Epidemic dropsy in Calcutta - Number 49
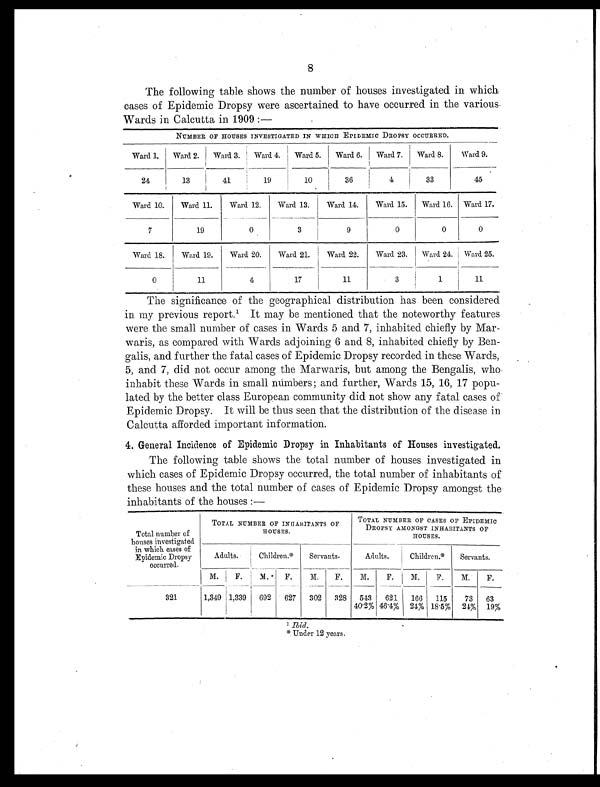
8
The following table shows the number of houses investigated in which
cases of Epidemic Dropsy were ascertained to have occurred in the various
Wards in Calcutta in 1909 :—
NUMBER OF HOUSES INVESTIGATED IN WHICH EPIDEMIC DROPSY OCCURRED.
Ward 1.
Ward 2.
Ward 3.
Ward 4.
Ward 5.
Ward 6.
Ward 7.
Ward 8.
Ward 9.
45
24
13
41
19
10
36
4
33
Ward 10.
Ward 11.
Ward 12.
Ward 13.
Ward 14.
Ward 15.
Ward 16. Ward 17.
7
19
0
3
9
0
0
0
Ward 18.
Ward 19.
Ward 20.
Ward 21.
Ward 22.
Ward 23.
Ward 24. Ward 25.
0
11
4
17
11
3
1
11
The significance of the geographical distribution has been considered
in my previous report.¹ It may be mentioned that the noteworthy features
were the small number of cases in Wards 5 and 7, inhabited chiefly by Mar-
waris, as compared with Wards adjoining 6 and 8, inhabited chiefly by Ben-
galis, and further the fatal cases of Epidemic Dropsy recorded in these Wards,
5, and 7, did not occur among the Marwaris, but among the Bengalis, who
inhabit these Wards in small numbers; and further, Wards 15, 16, 17 popu-
lated by the better class European community did not show any fatal cases of
Epidemic Dropsy. It will be thus seen that the distribution of the disease in
Calcutta afforded important information.
4. General Incidence of Epidemic Dropsy in Inhabitants of Houses investigated.
The following table shows the total number of houses investigated in
which cases of Epidemic Dropsy occurred, the total number of inhabitants of
these houses and the total number of cases of Epidemic Dropsy amongst the
inhabitants of the houses :—
T o t a l n u m b e r o f
houses investigated
in which cases of
Epidemic Dropsy
occurred.
TOTAL NUMBER OF INHABITANTS OF
HOUSES.
TOTAL NUMBER OF CASES OF EPIDEMIC
DROPSY AMONGST INHABITANTS OF
HOUSES.
Adults.
Children.*
Servants.
Adults.
Children.*
Servants.
M.
F.
M.*
F.
M . F.
M .
F.
M.
F.
M.
F.
321
1,349 1,339
692
627
302
328
543
40·2%
621
46.4%
166
24%
115
18 . 5%
73
24%
63
19%
I b i d .
* Under 12 years.